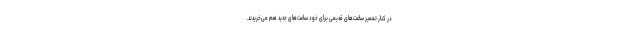
در کنار تعمیر ساعت‌های قدیمی برای خود ساعت‌های جدید هم می‌خریدند.